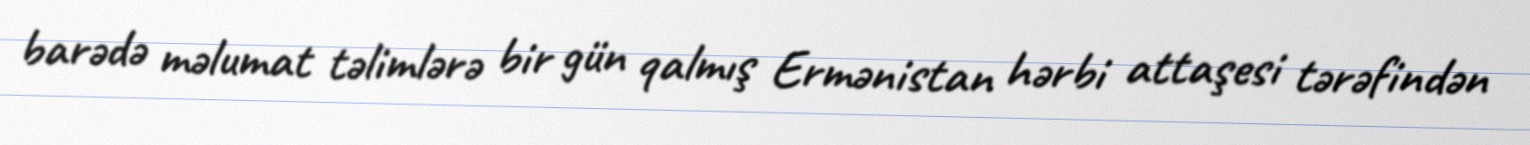
barədə məlumat təlimlərə bir gün qalmış Ermənistan hərbi attaşesi tərəfindən